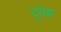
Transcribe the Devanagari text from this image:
दुबेश